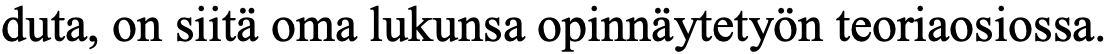
duta, on siitä oma lukunsa opinnäytetyön teoriaosiossa.